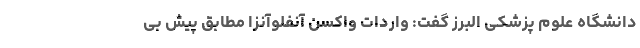
دانشگاه علوم پزشکی البرز گفت: واردات واکسن آنفلوآنزا مطابق پیش بی